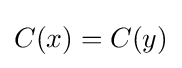
C(x)=C(y)